Enquiry on enteric fever in India - Number 32
Disease focus: Fever
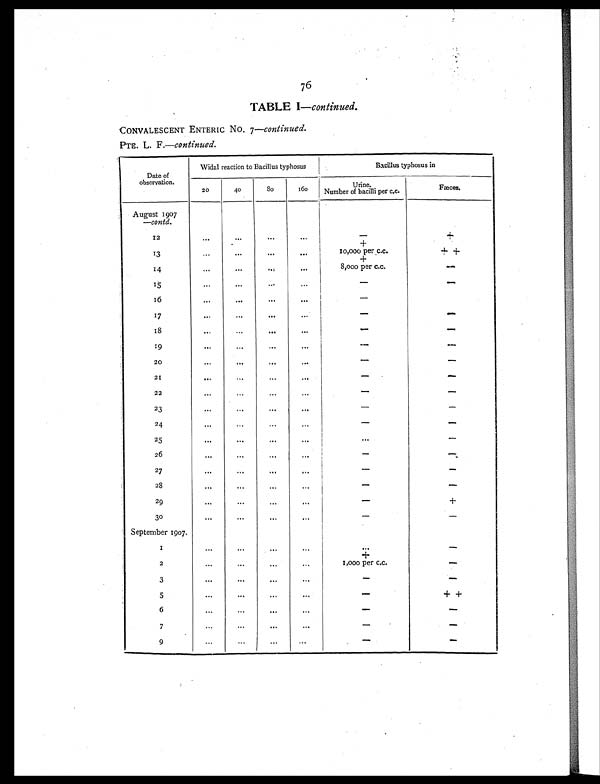
76
TABLE I—continued.
CONVALESCENT ENTERIC NO. 7—continued.
PTE. L. F.—continued.
Date of
observation.
Widal reaction to Bacillus typhosus
Bacillus typhosus in
20
40
80
160
Urine.
Number of bacilli per c.c.
Fæces.
August 1907
—contd.
1 2
. . . . . .
...
...
- +
+
13
... ... ... ...
10,000 perc.c.
+ +
+
14
...
...
. . .
. . .
8,000 per c.c.
-
15
...
...
. . .
...
- -
16
...
. . .
...
...
-
17
...
. . .
...
...
- -
18
... ...
. . .
...
- -
19
...
...
...
. . .
- -
20
...
...
. . .
. . .
- -
21
... ...
...
...
- -
22
... ... ...
. . .
- -
23
...
... ... ...
- -
24
... ... ... ...
- -
25
... ... ... ... ...
-
26
. . . . . .
... ...
-
-
27
... ... ... ...
- -
2 8
...
... ... ...
- -
2 9
...
...
... ...
- +
3 0
...
...
...
...
- -
September 1907.
1
...
... ...
...
. . . -
+
2
... ... ... ...
1 , 0 0 0 p e r c . c .
-
3
...
. . .
... ...
- -
5
... ... ...
...
- + +
6
...
...
. . .
...
- -
7
...
. . .
. . .
...
- -
9
. . . . . .
...
. . .
- -